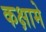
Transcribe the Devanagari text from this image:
कक्षामे